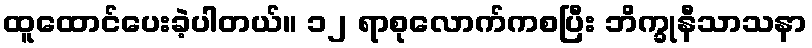
ထူထောင်ပေးခဲ့ပါတယ်။ ၁၂ ရာစုလောက်ကစပြီး ဘိက္ခုနီသာသနာ